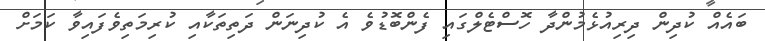
ބައެއް ކުދިން ދިރިއުޅެމުންދާ ހޮސްޓެލްގައި ފެންބޮޑުވެ އެ ކުދިނަން ދަތިތަކާއި ކުރިމަތިވެފައިވާ ކަމަށް